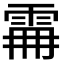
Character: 𩂨